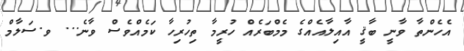
އެހެންތާ ވާނީ ބާޤީ އާއިލާއެއްގެ މެމްބަރެއް ހުރީމާ ތިހުރިހާ ކަމެއްވެސް ވާނެ... ވ.ސަލާމް